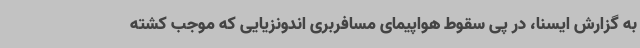
به گزارش ایسنا، در پی سقوط هواپیمای مسافربری اندونزیایی که موجب کشته